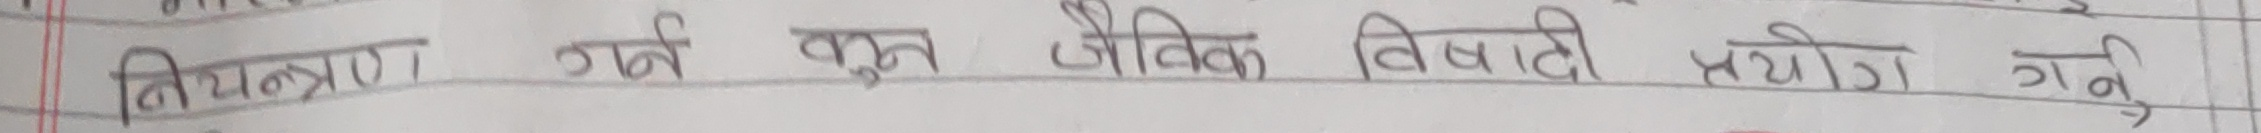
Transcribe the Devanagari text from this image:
नियन्त्रण गर्न प्रकृत जैविक विविधता प्रयोग गर्ने